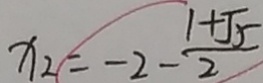
x _ { 2 } = - 2 - \frac { 1 + \sqrt { 5 } } { 2 }